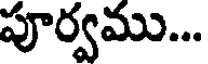
పూర్వము...